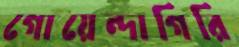
গোয়েন্দাগিরি